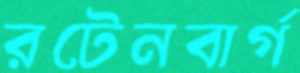
রটেনবার্গ